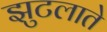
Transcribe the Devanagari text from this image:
झुटलाते